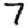
Digit: 7